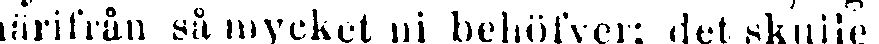
härifrån så mycket ni behöfver: det skulle